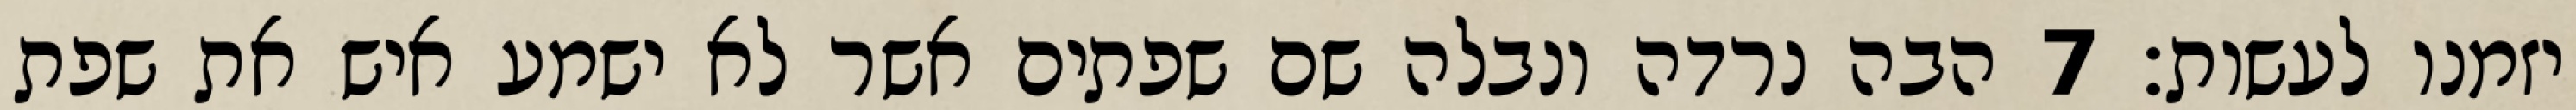
יזמנו לעשות׃ ‎7‏ הבה נרדה ונבלה שם שפתים אשר לא ישמע איש את שפת